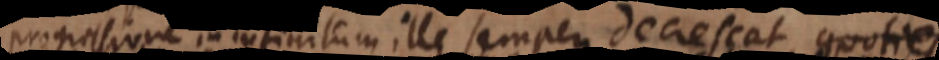
progressione in infinitum ille semper decrescat, quoties